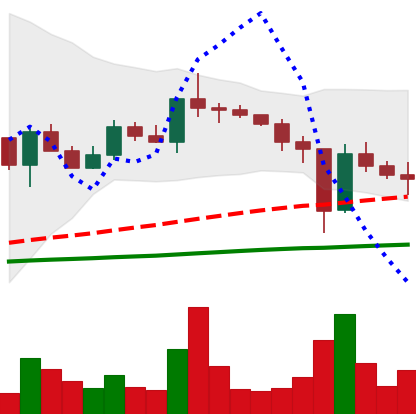
Ticker: XLM-USD
Chart end date: 2020-12-27
Forward return: -8.667%
Label: down_7plus